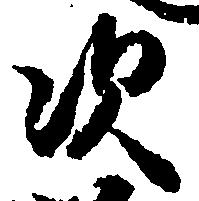
次